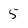
Character: 5